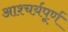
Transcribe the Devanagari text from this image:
आश्चर्य़पूर्ण